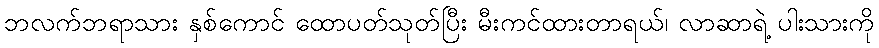
ဘလက်ဘရာသား နှစ်ကောင် ထောပတ်သုတ်ပြီး မီးကင်ထားတာရယ်၊ လာဆာရဲ့ ပါးသားကို